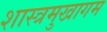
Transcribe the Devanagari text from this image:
शास्त्रमुखागम